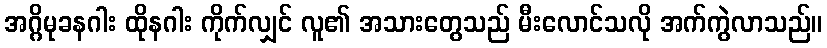
အဂ္ဂိမုခနဂါး ထိုနဂါး ကိုက်လျှင် လူ၏ အသားတွေသည် မီးလောင်သလို အက်ကွဲလာသည်။